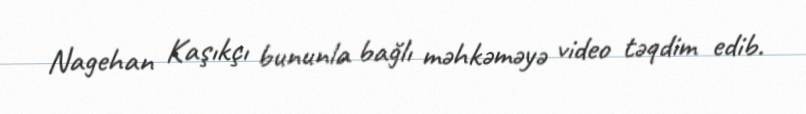
Nagehan Kaşıkçı bununla bağlı məhkəməyə video təqdim edib.